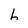
Character: 6